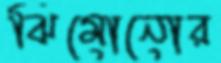
ঝিমোনোর